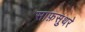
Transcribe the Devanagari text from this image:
साफ़सुथरे